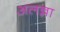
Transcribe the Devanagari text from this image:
अलन्ना